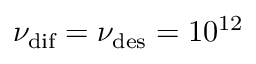
\nu _ { \mathrm { d i f } } = \nu _ { \mathrm { d e s } } = 1 0 ^ { 1 2 }